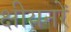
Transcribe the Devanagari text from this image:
क्षीयनरें